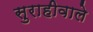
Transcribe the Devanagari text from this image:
सुराहीवाले